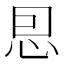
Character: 㤙